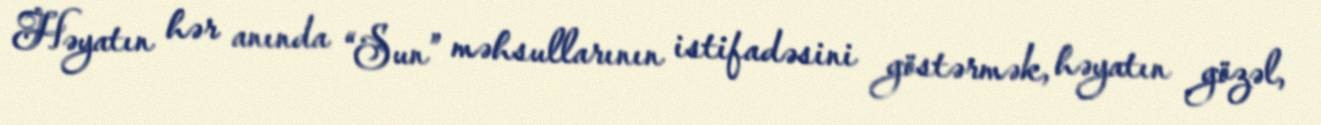
Həyatın hər anında “Sun” məhsullarının istifadəsini göstərmək, həyatın gözəl,